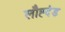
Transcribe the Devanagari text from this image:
लौह्दंड